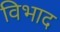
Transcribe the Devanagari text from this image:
विभाद